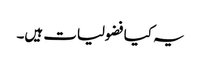
یہ کیا فضولیات ہیں۔